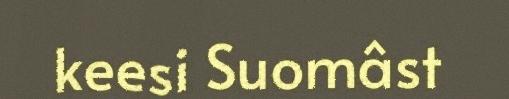
keesi Suomâst